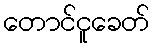
တောင်ငူခေတ်